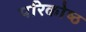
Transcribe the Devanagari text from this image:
परिकोष्‍ठ